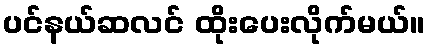
ပင်နယ်ဆလင် ထိုးပေးလိုက်မယ်။